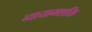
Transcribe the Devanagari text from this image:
व्यायामशक्ति